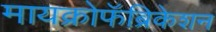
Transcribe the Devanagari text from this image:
मायक्रोफॅब्रिकेशन